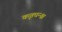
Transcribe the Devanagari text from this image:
कृतघन्श्च